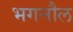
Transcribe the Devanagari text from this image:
भगनौल